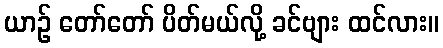
ယာဉ် တော်တော် ပိတ်မယ်လို့ ခင်ဗျား ထင်လား။